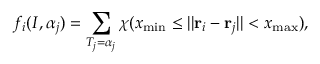
f _ { i } ( I , \alpha _ { j } ) = \sum _ { T _ { j } = \alpha _ { j } } \chi ( x _ { \mathrm { m i n } } \le | | { \bf r } _ { i } - { \bf r } _ { j } | | < x _ { \mathrm { m a x } } ) ,